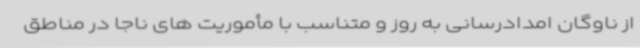
از ناوگان امدادرسانی به روز و متناسب با مأموریت های ناجا در مناطق